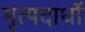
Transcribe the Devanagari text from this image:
मृत्पदार्थो